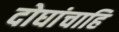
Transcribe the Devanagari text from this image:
दोघांचाहि